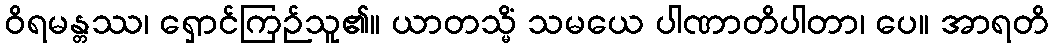
ဝိရမန္တဿ၊ ရှောင်ကြဉ်သူ၏။ ယာတသ္မိံ သမယေ ပါဏာတိပါတာ၊ ပေ။ အာရတိ